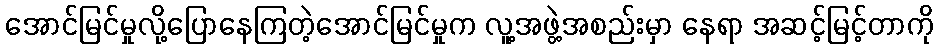
အောင်မြင်မှုလို့ပြောနေကြတဲ့အောင်မြင်မှုက လူ့အဖွဲ့အစည်းမှာ နေရာ အဆင့်မြင့်တာကို